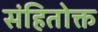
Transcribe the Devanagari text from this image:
संहितोक्त